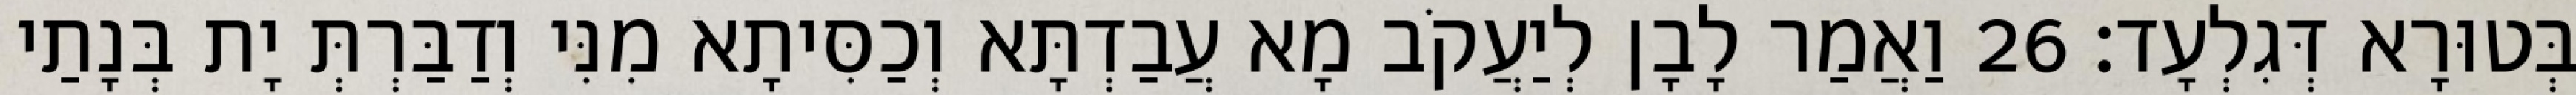
בְּטוּרָא דְּגִלְעָד׃ 26 וַאֲמַר לָבָן לְיַעֲקֹב מָא עֲבַדְתָּא וְכַסִּיתָא מִנִּי וְדַבַּרְתְּ יָת בְּנָתַי